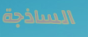
الساذجة